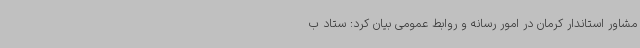
مشاور استاندار کرمان در امور رسانه و روابط عمومی بیان کرد: ستاد ب